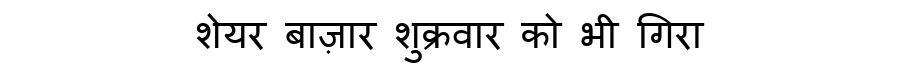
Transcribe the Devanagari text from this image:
शेयर बाज़ार शुक्रवार को भी गिरा